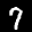
Label: 7